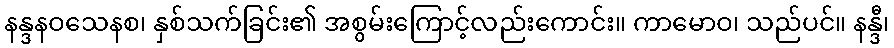
နန္ဒနဝသေနစ၊ နှစ်သက်ခြင်း၏ အစွမ်းကြောင့်လည်းကောင်း။ ကာမောဝ၊ သည်ပင်။ နန္ဒီ၊